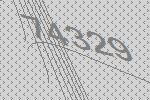
74329